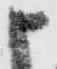
申